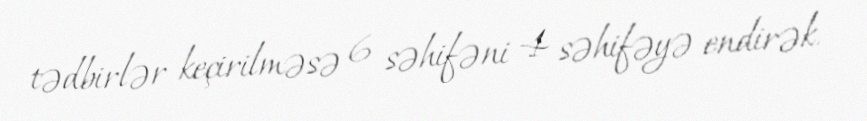
tədbirlər keçirilməsə 6 səhifəni 4 səhifəyə endirək.